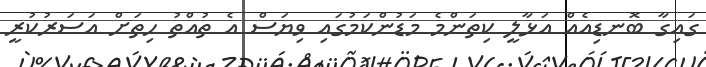
ގައިގާ ބޮނޑިއެއް އަޅާލީ ކިތަންމެ މަޑުންކަމުގައި ވިޔަސް އެ ތުއްތު ހިތަށް އަސަރުކުރީ